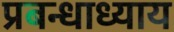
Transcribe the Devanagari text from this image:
प्रबन्धाध्याय